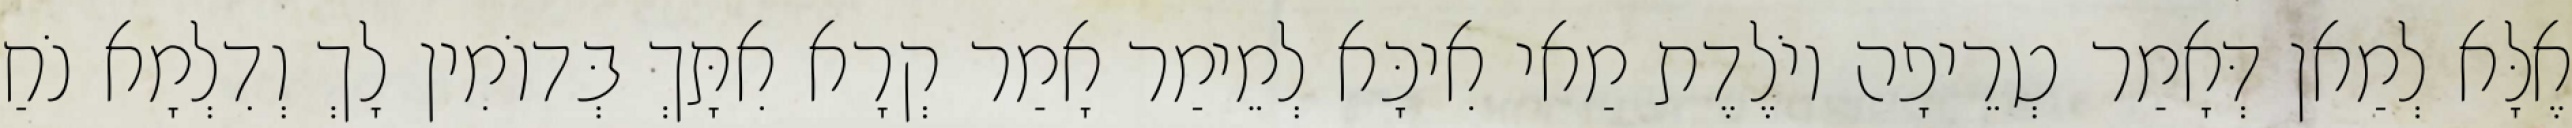
אֶלָּא לְמַאן דְּאָמַר טְרֵיפָה יוֹלֶדֶת מַאי אִיכָּא לְמֵימַר אָמַר קְרָא אִתָּךְ בְּדוֹמִין לָךְ וְדִלְמָא נֹחַ